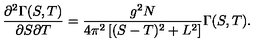
\frac { \partial ^ { 2 } \Gamma ( S , T ) } { \partial S \partial T } = \frac { g ^ { 2 } N } { 4 \pi ^ { 2 } \left[ ( S - T ) ^ { 2 } + L ^ { 2 } \right] } \Gamma ( S , T ) .